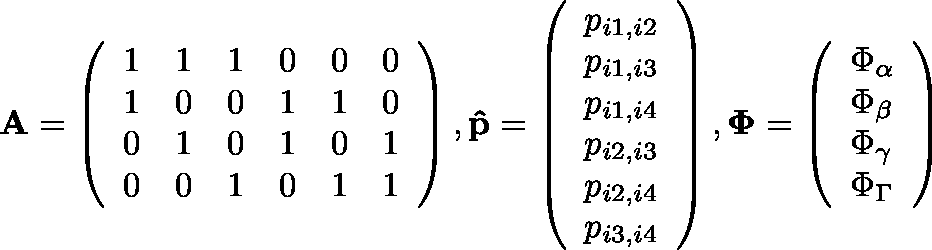
\mathbf { A } = \left( \begin{array} { l l l l l l } { 1 } & { 1 } & { 1 } & { 0 } & { 0 } & { 0 } \\ { 1 } & { 0 } & { 0 } & { 1 } & { 1 } & { 0 } \\ { 0 } & { 1 } & { 0 } & { 1 } & { 0 } & { 1 } \\ { 0 } & { 0 } & { 1 } & { 0 } & { 1 } & { 1 } \end{array} \right) , \mathbf { \hat { p } } = \left( \begin{array} { l } { p _ { i 1 , i 2 } } \\ { p _ { i 1 , i 3 } } \\ { p _ { i 1 , i 4 } } \\ { p _ { i 2 , i 3 } } \\ { p _ { i 2 , i 4 } } \\ { p _ { i 3 , i 4 } } \end{array} \right) , \mathbf { \Phi } = \left( \begin{array} { l } { \Phi _ { \alpha } } \\ { \Phi _ { \beta } } \\ { \Phi _ { \gamma } } \\ { \Phi _ { \Gamma } } \end{array} \right)